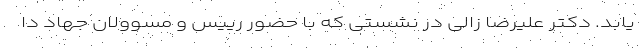
یابد. دکتر علیرضا زالی در نشستی که با حضور رییس و مسوولان جهاد دا